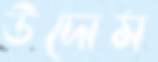
উদোম